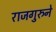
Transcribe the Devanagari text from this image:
राजगुरुने